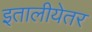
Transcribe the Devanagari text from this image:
इतालीयेतर